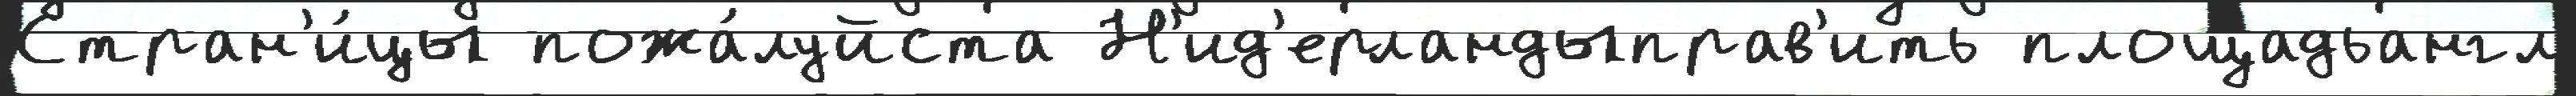
Стран'и́цы пожа́луйста Н'ид'ерландыправ'ить площадьангл